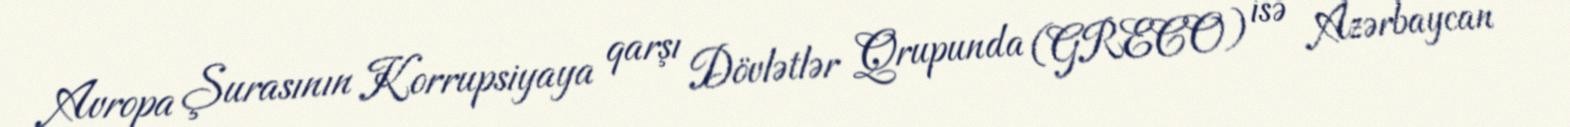
Avropa Şurasının Korrupsiyaya qarşı Dövlətlər Qrupunda (GRECO) isə Azərbaycan